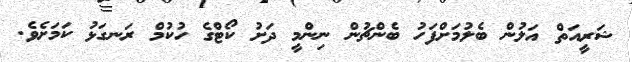
ޝަރީއަތް އަލުން ބެލުމަށްފަހު ބެންޗުން ނިންމީ ދަށު ކޯޓްގެ ހުކުމް ރަނގަޅު ކަމަށެވެ.